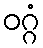
ဝဂ္ဂံ